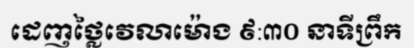
ដេញថ្លៃវេលាម៉ោង ៩:៣០ នាទីព្រឹក